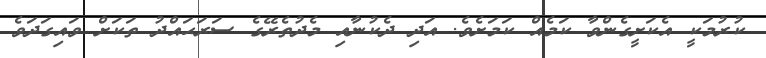
ކުރުމަކީ އެކަށީގެންވާ ކަމެއް ކަމަށެވެ. އަދި ދެކުނާއި މެދުތެރޭގެ ސަރަޙައްދު ތަކަށް ވައިގަދަވެ